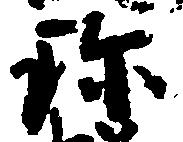
珍